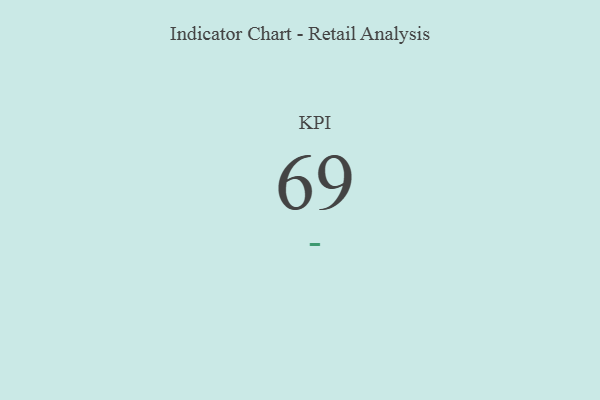
{"axis": {"x": "KPI", "y": "Value"}, "legend": [""], "data": [{"x": "KPI", "y": 69, "type": ""}]}